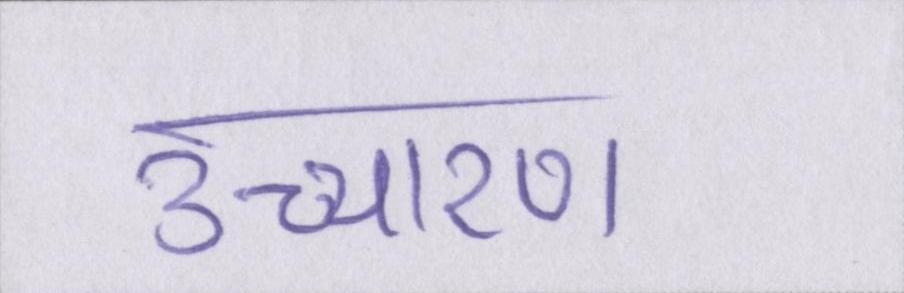
उच्चारण